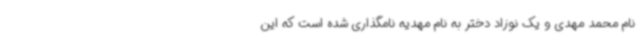
نام محمد مهدی و یک نوزاد دختر به نام مهدیه نامگذاری شده است که این